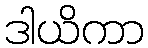
ဒါယိကာ